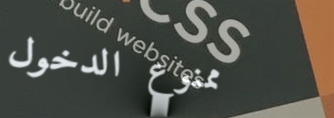
ممنوع الدخول